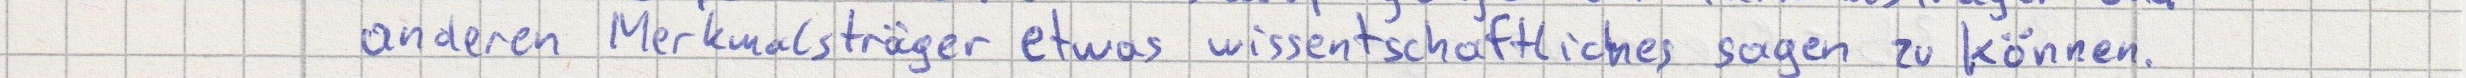
anderen Merkmalsträger etwas wissentschaftliches sagen zu können.